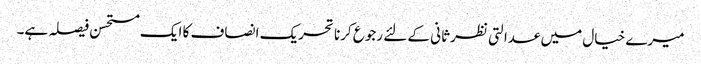
میرے خیال میں عدالتی نظرثانی کے لئے رجوع کرنا تحریک انصاف کا ایک مستحسن فیصلہ ہے۔